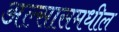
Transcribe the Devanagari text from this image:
अल्सासमधील